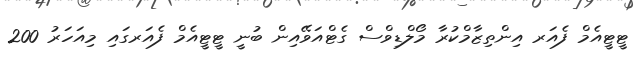
ޓީޓީއެމް ފެއަރ އިންތިޒާމްކުރާ މޯލްޑިވްސް ގެޓްއަވޭއިން ބުނީ ޓީޓީއެމް ފެއަރގައި މިއަހަރު 200